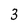
Character: 3